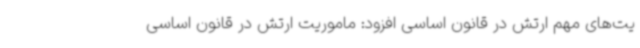
یت‌های مهم ارتش در قانون اساسی افزود: ماموریت ارتش در قانون اساسی